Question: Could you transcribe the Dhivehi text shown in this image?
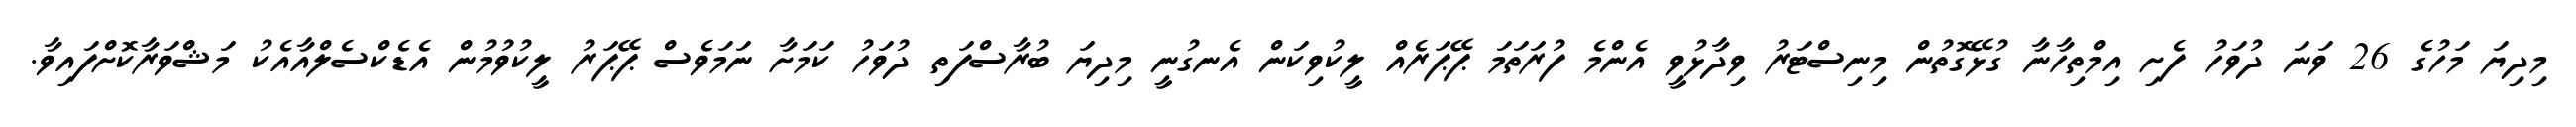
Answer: މިދިޔަ މަހުގެ 26 ވަނަ ދުވަހު ފެށި އިމްތިހާނާ ގުޅޭގޮތުން މިނިސްޓަރު ވިދާޅުވީ އެންމެ ފުރަތަމަ ޕޭޕަރެއް ލީކުވިކަން އެނގުނީ މިދިޔަ ބުރާސްފަތި ދުވަހު ކަމަށާ ނަމަވެސް ޕޭޕަރު ލީކުވުމުން އެޑެކްސެލްއާއެކު މަޝްވަރާކޮށްފައިވާ.